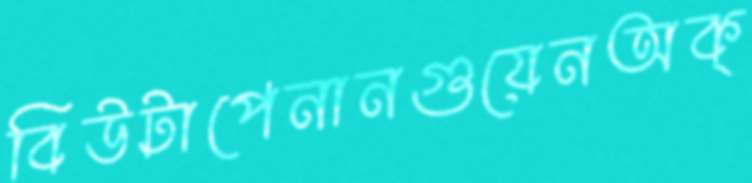
বিউটাপেনানগুয়েনঅক্